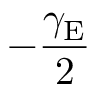
- \frac { \gamma _ { \mathrm { E } } } { 2 }